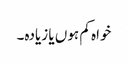
خواہ کم ہوں یا زیادہ۔